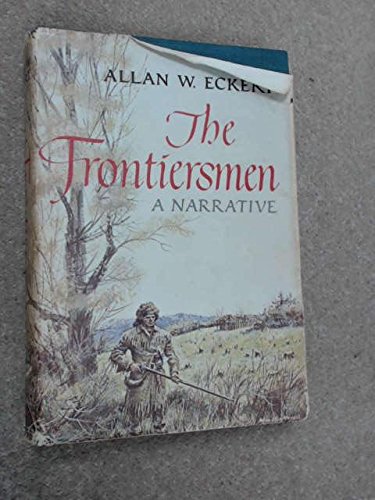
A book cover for The Frontiersmen; Allan W. Eckert; Literature & Fiction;